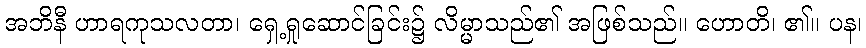
အဘိနီ ဟာရကုသလတာ၊ ရှေ့ရှုဆောင်ခြင်း၌ လိမ္မာသည်၏ အဖြစ်သည်။ ဟောတိ၊ ၏။ ပန၊